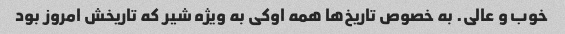
خوب و عالی. به خصوص تاریخ‌ها همه اوکی به ویژه شیر که تاریخش امروز بود